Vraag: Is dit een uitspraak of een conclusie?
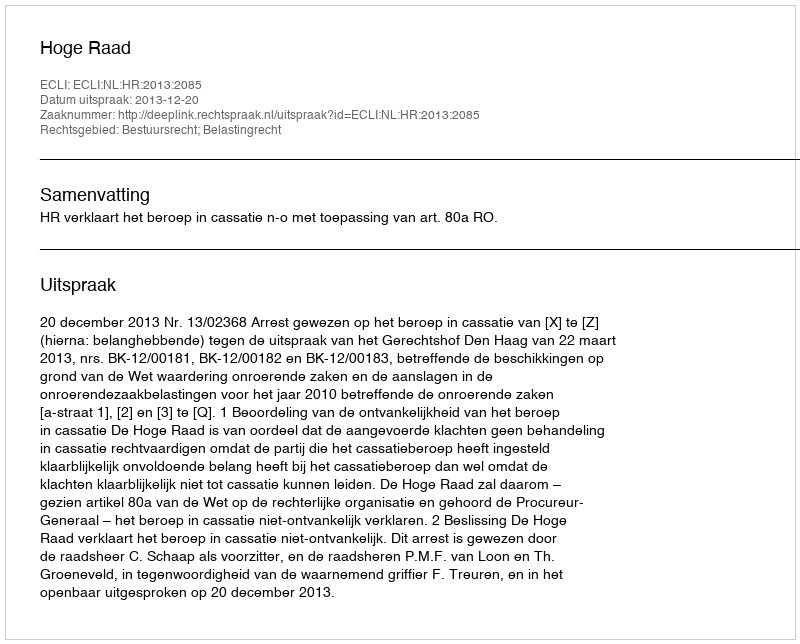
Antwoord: Uitspraak